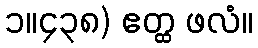
၁။၄၃၈) ဧတ္ထ ဖလံ။